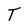
Character: T